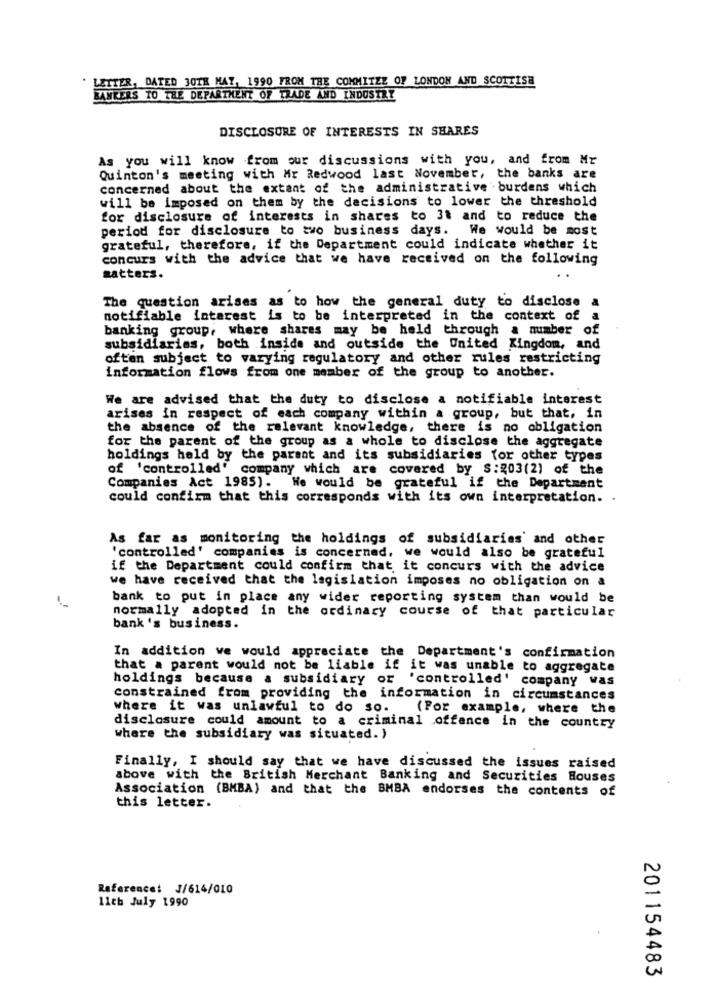
LETTER, DATED 30TH MAY, 1990 FROM THE COMMITZZ OF LONDON AND SCOTTISH
BANKERS TO THE DEPARTMENT OF TRADE AND INDUSTRY
DISCLOSURE OF INTERESTS IN SHARES
As you will know from our discussions with you, and from Mr
Quinton's meeting with Mr Redwood last November, the banks are
concerned about the extant of the administrative burdens which
will be imposed on them by the decisions to lower the threshold
for disclosure of interests in shares to 3t and to reduce the
period for disclosure to two business days. We would be most
grateful, therefore, if the Department could indicate whether it
concurs with the advice that we have received on the following
. .
matters.
The question arises as to how the general duty to disclose a
notifiable interest is to be interpreted in the context of
a
banking group, where shares may be held through a number of
subsidiaries, both inside and outside the United Kingdom, and
often subject to varying regulatory and other rules restricting
information flows from one member of the group to another.
We are advised that the duty to disclose a notifiable interest
arises in respect of each company within a group, but that, in
the absence of the relevant knowledge, there is no obligation
for the parent of the group as a whole to disclose the aggregate
holdings held by the parent and its subsidiaries for other types
of 'controlled' company which are covered by $:203(2) of the
Companies Act 1985).
We would be grateful if the Department
could confirm that this corresponds with its own interpretation. .
As far as monitoring the holdings of subsidiaries and other
'controlled' companies is concerned, we would also be grateful
if the Department could confirm that it concurs with the advice
we have received that the legislation imposes no obligation on a
bank to put in place any wider reporting system than would be
normally adopted in the ordinary course of that particular
bank 's business.
In addition we would appreciate the Department's confirmation
that a parent would not be liable if it was unable to aggregate
holdings because a subsidiary or 'controlled' company was
constrained from providing the information in circumstances
where it was unlawful to do so.
(For example, where the
disclosure could amount to a criminal offence in the country
where the subsidiary was situated. )
Finally, I should say that we have discussed the issues raised
above with the British Merchant Banking and Securities Houses
Association (BMBA) and that the BMBA endorses the contents of
this letter.
Reference: J/614/010
11th July 1990
201154483